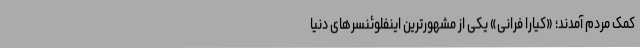
کمک مردم آمدند؛ «کیارا فرانی» یکی از مشهورترین اینفلوئنسرهای دنیا